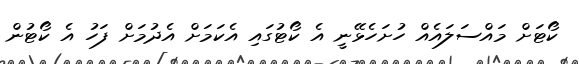
ކޯޓަށް މައްސަލައެއް ހުށަހެޅޭނީ އެ ކޯޓުގައި އެކަމަށް އެދުމަށް ފަހު އެ ކޯޓުން